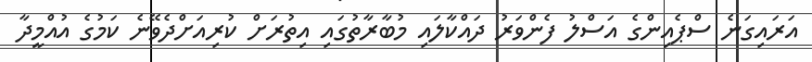
އަރައިގަނެ ސްޕެއިންގެ އަސްލު ފެންވަރު ދައްކާލައި މުބާރާތުގައި އިތުރަށް ކުރިއަށްދެވޭނެ ކަމުގެ އުއްމީދާ